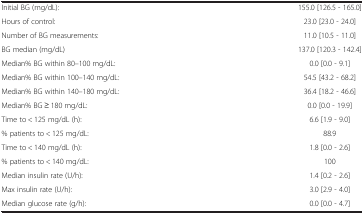
|  |  |
 | --- | --- |
 | Initial BG (mg/dL): | 155.0 [126.5 - 165.0] |
 | Hours of control: | 23.0 [23.0 - 24.0] |
 | Number of BG measurements: | 11.0 [10.5 - 11.0] |
 | BG median (mg/dL) | 137.0 [120.3 - 142.4] |
 | Median% BG within 80–100 mg/dL: | 0.0 [0.0 - 9.1] |
 | Median% BG within 100–140 mg/dL: | 54.5 [43.2 - 68.2] |
 | Median% BG within 140–180 mg/dL: | 36.4 [18.2 - 46.6] |
 | Median% BG ≥ 180 mg/dL: | 0.0 [0.0 - 19.9] |
 | Time to < 125 mg/dL (h): | 6.6 [1.9 - 9.0] |
 | % patients to < 125 mg/dL: | 88.9 |
 | Time to < 140 mg/dL (h): | 1.8 [0.0 - 2.6] |
 | % patients to < 140 mg/dL: | 100 |
 | Median insulin rate (U/h): | 1.4 [0.2 - 2.6] |
 | Max insulin rate (U/h): | 3.0 [2.9 - 4.0] |
 | Median glucose rate (g/h): | 0.0 [0.0 - 4.7] |